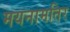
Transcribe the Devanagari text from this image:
मयनामतिर